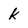
Character: k